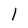
Character: I